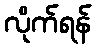
လိုက်ရန်